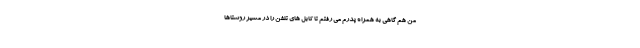
من هم گاهی به همراه پدرم می رفتم تا کابل های تلفن را در مسیر روستاها